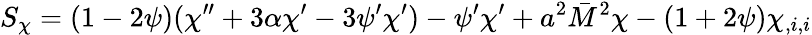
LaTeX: S_{\chi}=(1-2\psi)(\chi^{\prime\prime}+3\alpha\chi^{\prime}-3\psi^{\prime}\chi^{\prime})-\psi^{\prime}\chi^{\prime}+a^{2}\bar{M}^{2}\chi-(1+2\psi)\chi_{,i,i}